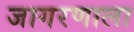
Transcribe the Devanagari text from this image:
जागरणाला